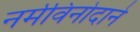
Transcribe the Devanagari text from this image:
नर्मविनोदाने